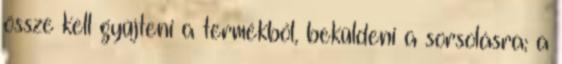
össze kell gyűjteni a termékből, beküldeni a sorsolásra; a